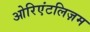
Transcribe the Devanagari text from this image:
ओरिएंटलिज़म